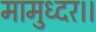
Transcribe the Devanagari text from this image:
मामुध्दर।।